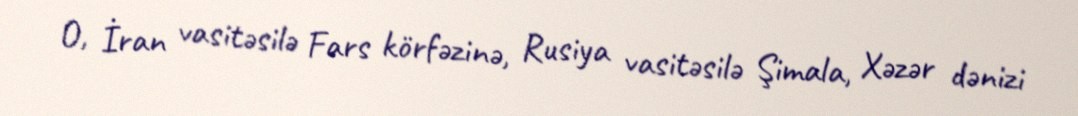
O, İran vasitəsilə Fars körfəzinə, Rusiya vasitəsilə Şimala, Xəzər dənizi